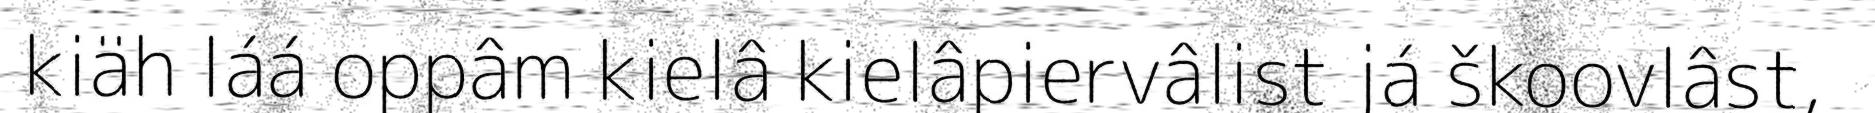
kiäh láá oppâm kielâ kielâpiervâlist já škoovlâst,